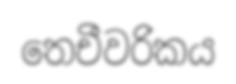
තෙචීවරිකය